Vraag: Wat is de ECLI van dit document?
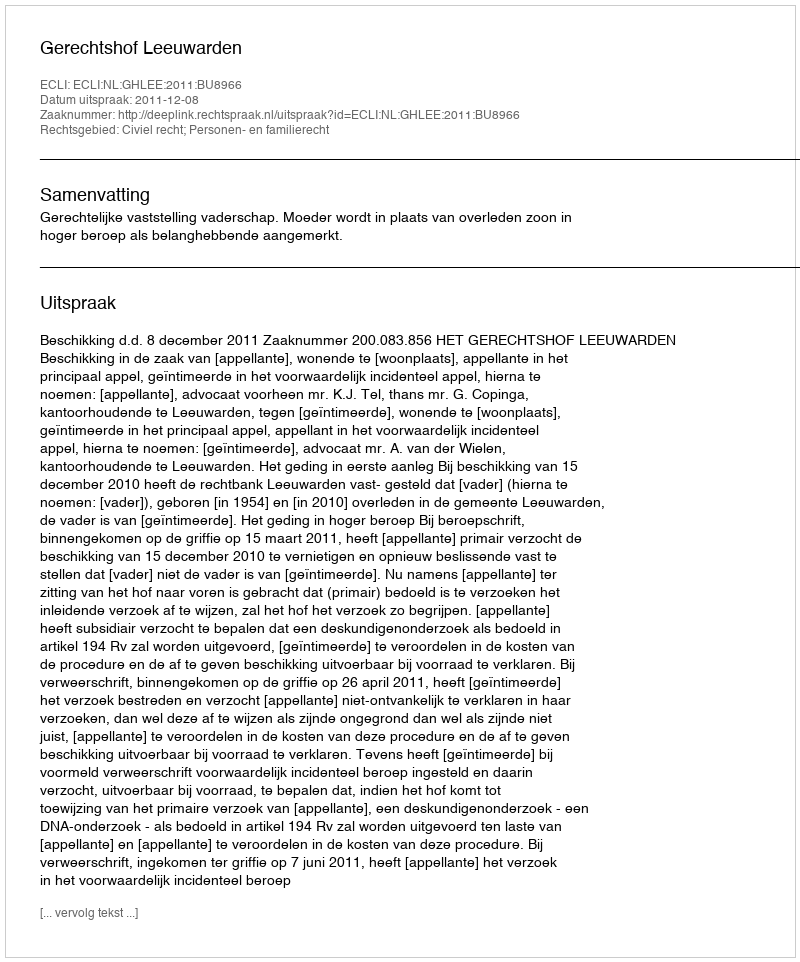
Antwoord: ECLI:NL:GHLEE:2011:BU8966